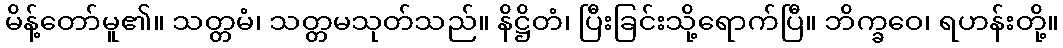
မိန့်တော်မူ၏။ သတ္တမံ၊ သတ္တမသုတ်သည်။ နိဋ္ဌိတံ၊ ပြီးခြင်းသို့ရောက်ပြီ။ ဘိက္ခဝေ၊ ရဟန်းတို့။